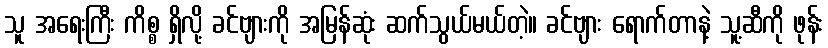
သူ အရေးကြီး ကိစ္စ ရှိလို့ ခင်ဗျားကို အမြန်ဆုံး ဆက်သွယ်မယ်တဲ့။ ခင်ဗျား ရောက်တာနဲ့ သူ့ဆီကို ဖုန်း